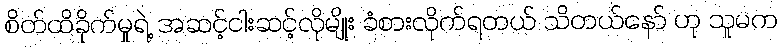
စိတ်ထိခိုက်မှုရဲ့ အဆင့်ငါးဆင့်လိုမျိုး ခံစားလိုက်ရတယ် သိတယ်နော် ဟု သူမက